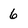
Character: 6